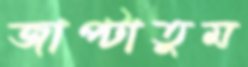
জাপ্‌টাতুম